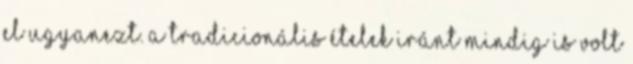
el ugyanezt. A tradicionális ételek iránt mindig is volt